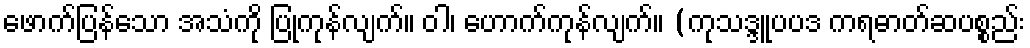
ဖောက်ပြန်သော အသံကို ပြုကုန်လျက်။ ဝါ၊ ဟောက်ကုန်လျက်။ (ကုသဒ္ဒူပပဒ ကရဓာတ်ဆပစ္စည်း